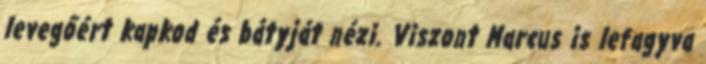
levegőért kapkod és bátyját nézi. Viszont Marcus is lefagyva